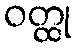
ဝတ္ထု